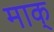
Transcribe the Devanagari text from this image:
माक्